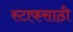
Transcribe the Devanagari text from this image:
स्टाफसाठी